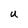
Character: U